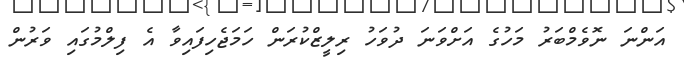
އަންނަ ނޮވެމްބަރު މަހުގެ އަށްވަނަ ދުވަހު ރިލީޒްކުރަން ހަމަޖެހިފައިވާ އެ ފިލްމުގައި ވަރުން